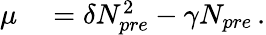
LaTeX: \begin{array}{rl}{\mu}&{{}=\delta N_{pre}^{2}-\gamma N_{pre}\, .}\end{array}